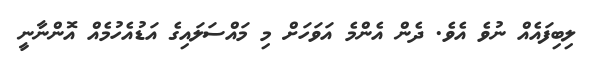
ލިބިފައެއް ނުވެ އެވެ. ދެން އެންމެ އަވަހަށް މި މައްސަލައިގެ އަޑުއެހުމެއް އޮންނާނީ